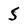
Character: 5